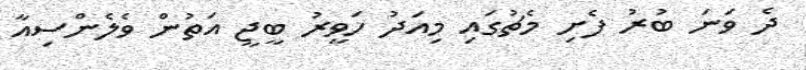
ދެ ވަނަ ބުރު ފެށި މެޗުގައި މިއަދު ހަވީރު ބީޖީ އަތުން ވެލެންސިއާ